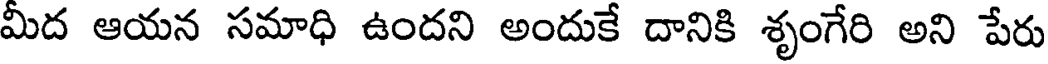
మీద ఆయన సమాధి ఉందని అందుకే దానికి శృంగేరి అని పేరు